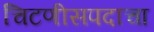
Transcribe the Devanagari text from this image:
चिटणीसपदाचा